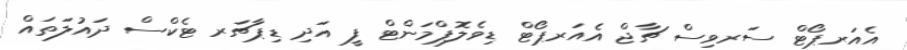
އެއަރޕޯޓް ސަރވިސް ޗާޖް އެއަރޕޯޓް ޑިވެލޮޕްމަންޓް ފީ އަދި ޑިޕާޗަރ ޓެކްސް ދައުލަތައް